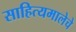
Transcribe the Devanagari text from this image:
साहित्यमालेचे